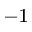
^ { - 1 }